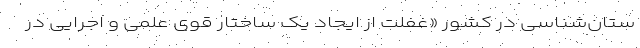
ستان‌شناسی در کشور «غفلت از ایجاد یک ساختار قویِ علمی و اجرایی در